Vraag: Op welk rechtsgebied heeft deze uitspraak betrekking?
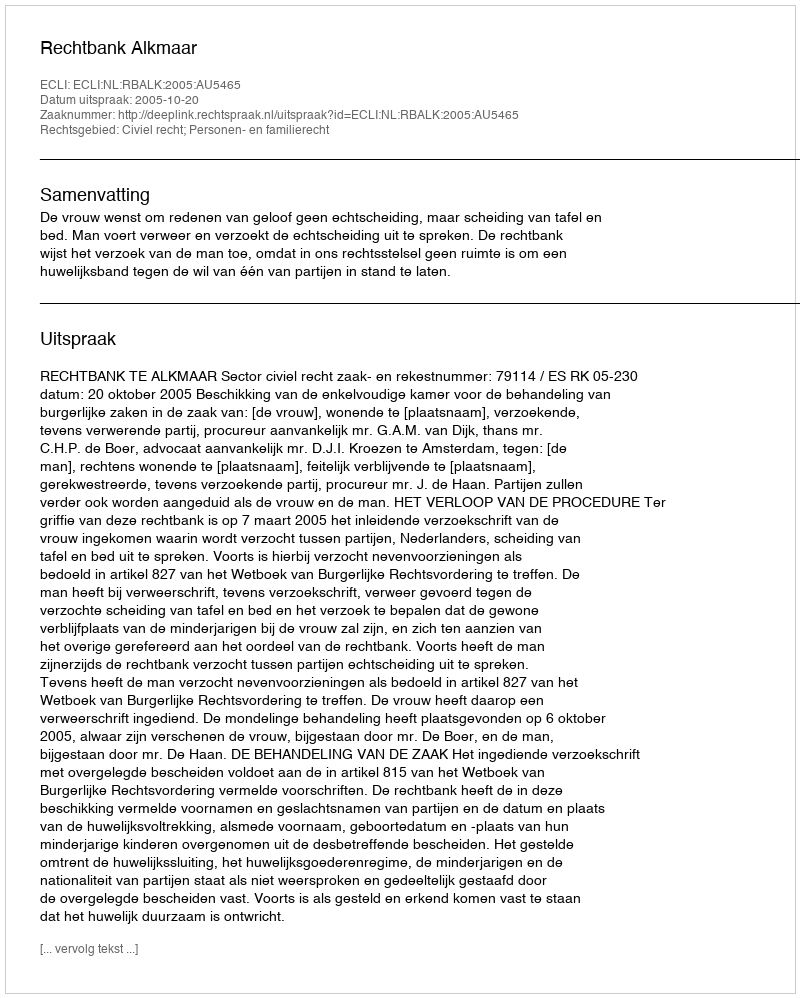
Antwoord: Civiel recht; Personen- en familierecht